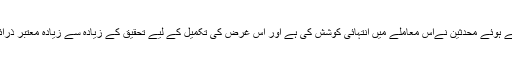
اس کو ملحوظ رکھتے ہوئے محدثین نےاس معاملے میں انتہائی کوشش کی ہے اور اس غرض کی تکمیل کے لیے تحقیق کے زیادہ سے زیادہ معتبر ذرائع استعمال کئے ہیں۔